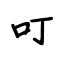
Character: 叮